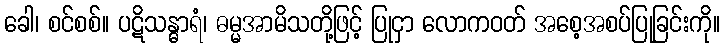
ခေါ၊ စင်စစ်။ ပဋိသန္ဓာရံ၊ ဓမ္မအာမိသတို့ဖြင့် ပြုငှာ လောကဝတ် အစေ့အစပ်ပြုခြင်းကို။